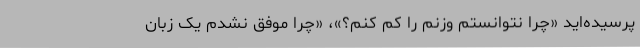
پرسیده‌اید «چرا نتوانستم وزنم را کم کنم؟»، «چرا موفق نشدم یک زبان